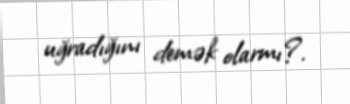
uğradığını demək olarmı?.